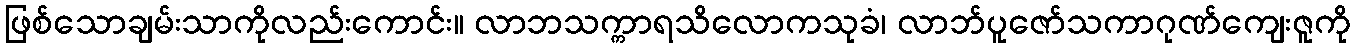
ဖြစ်သောချမ်းသာကိုလည်းကောင်း။ လာဘသက္ကာရသိလောကသုခံ၊ လာဘ်ပူဇော်သကာဂုဏ်ကျေးဇူကို